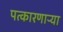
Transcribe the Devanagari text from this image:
पत्कारणाऱ्या